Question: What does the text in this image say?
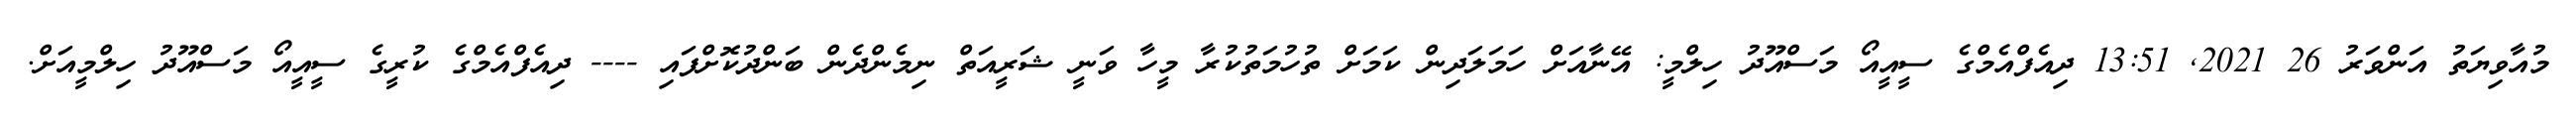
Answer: މުއާވިޔަތު އަންވަރު 26 2021, 13:51 ދިއެފްއެމްގެ ސީއީއޯ މަސްއޫދު ހިލްމީ: އޭނާއަށް ހަމަލަދިން ކަމަށް ތުހުމަތުކުރާ މީހާ ވަނީ ޝަރީއަތް ނިމެންދެން ބަންދުކޮށްފައި ---- ދިއެފްއެމްގެ ކުރީގެ ސީއީއޯ މަސްއޫދު ހިލްމީއަށް.